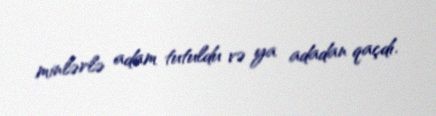
minlərlə adam tutuldu və ya adadan qaçdı.